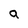
Character: a